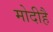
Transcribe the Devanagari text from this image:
मोदीहै